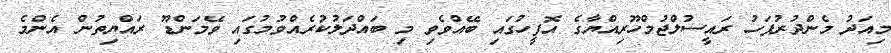
މިއަދު މެންދުރުފަހު ރައީސުލްޖުމްހޫރިއްޔާގެ އޮފީހުގައި ބޭއްވެވި މި ބައްދަލުކުރެއްވުމުގައި ވޭމަންޑޫ ރައްޔިތުން އެންމެ